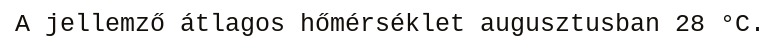
A jellemző átlagos hőmérséklet augusztusban 28 °C.